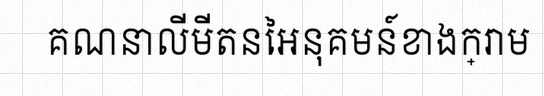
គណនាលីមីតនៃអនុគមន៍ខាងក្រោម